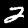
Label: 2